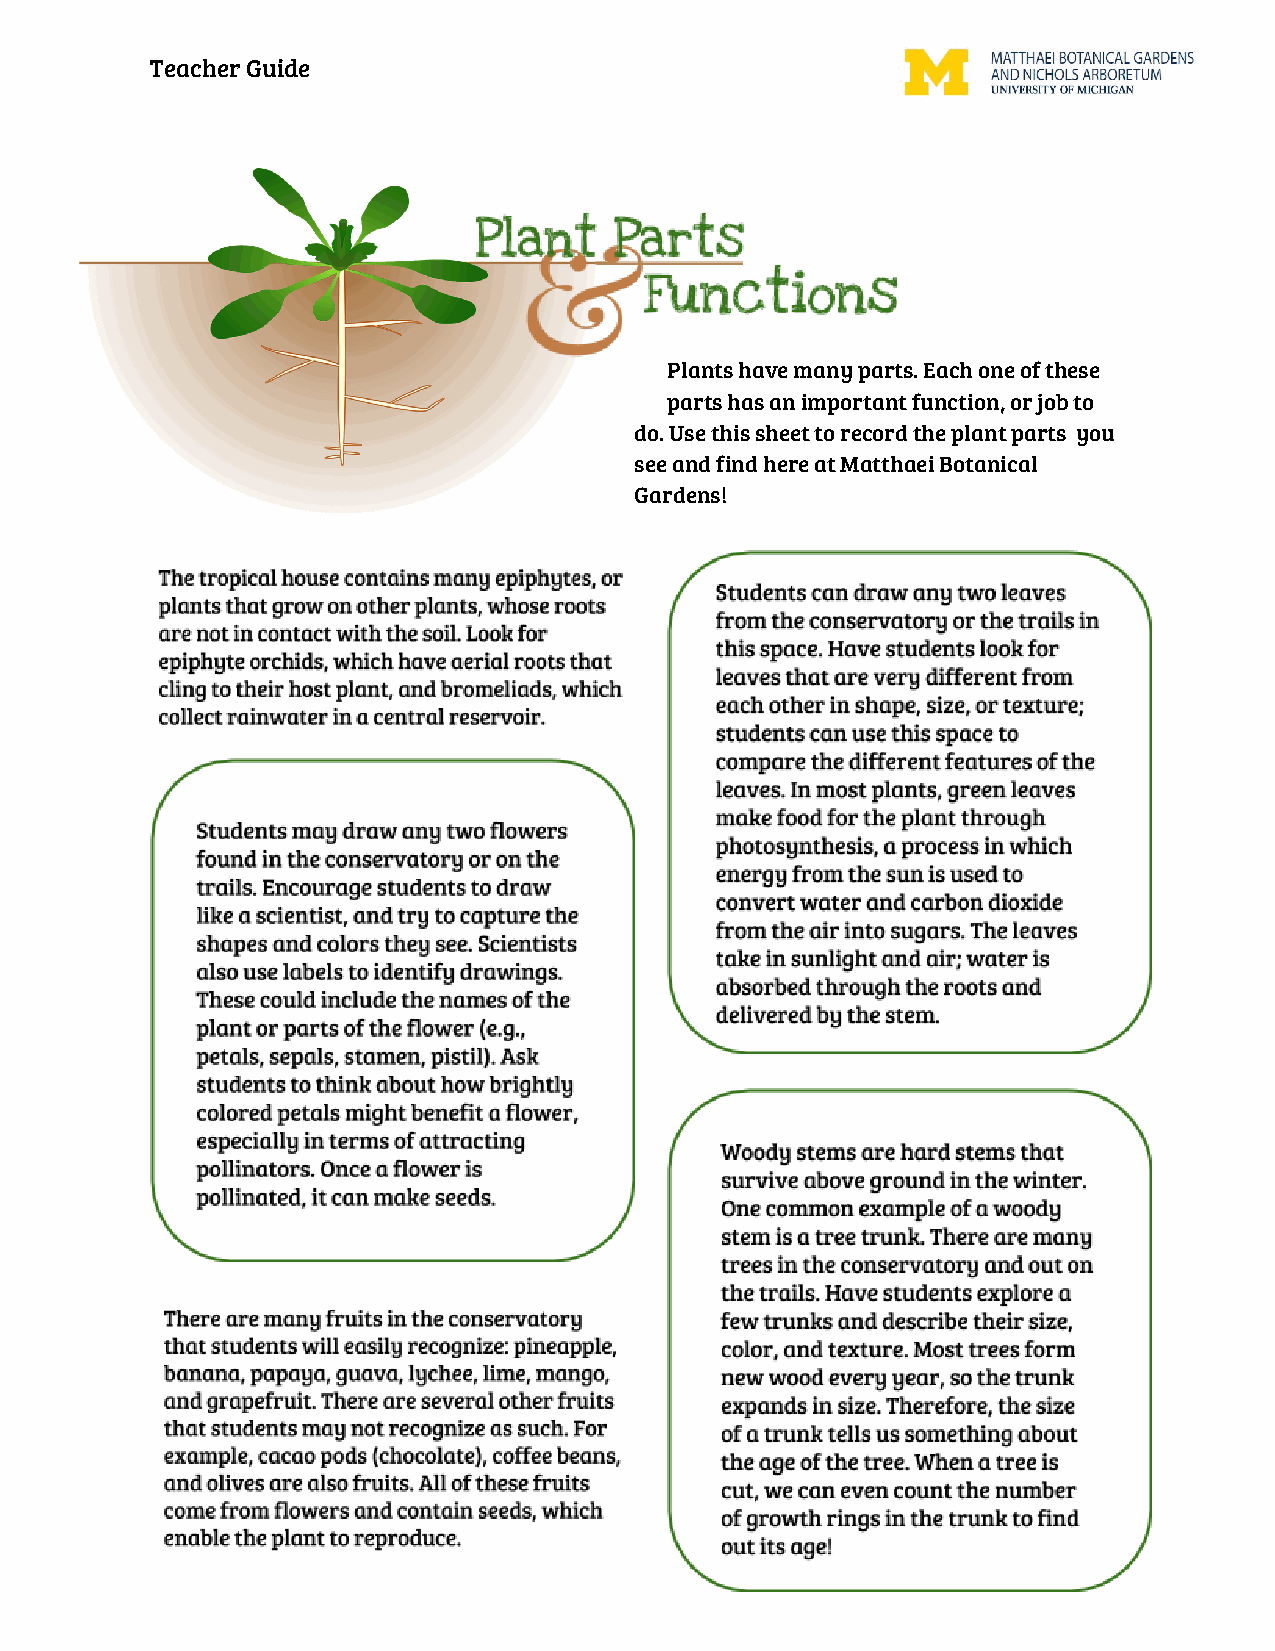
Teacher Guide
 Plants have many parts. Each one of these
 parts has an important function, or job to
 do. Use this sheet to record the plant parts you
 see and find here at Matthaei Botanical
 Gardens!